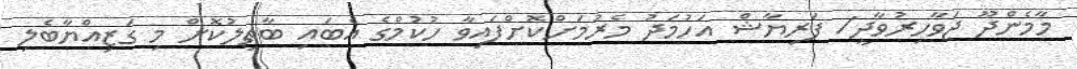
މާމެންދޫ ޖަވާހިރުވާދީ/ ފަރިޔާޝް އަހުމަދު މެރުމަށްކޮށްފައިވާ ހުކުމްގެ އެބައި ބާތިލުކޮށް މި ގަޒިއްޔާބެލި